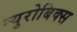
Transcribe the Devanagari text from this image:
न्युरोबिक्स